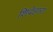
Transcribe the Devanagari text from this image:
शिदेहारा